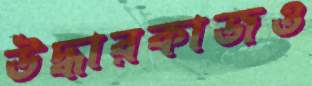
উদ্ধারকাজও